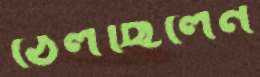
ঠেলছিলেন